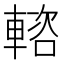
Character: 𨍢